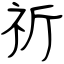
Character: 祈